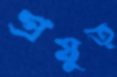
প্রযুত্